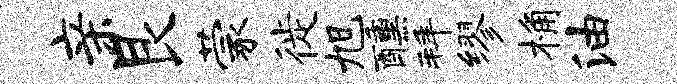
亲艮蒙徙旭醺拜缪桷油